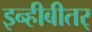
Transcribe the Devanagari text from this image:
इन्हीबीतर्